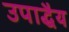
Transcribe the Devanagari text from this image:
उपाद्धैय